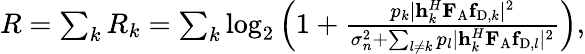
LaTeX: \begin{array}{r}{R=\sum_{k}R_{k}=\sum_{k}\log_{2}\left(1+\frac{p_{k}|{\mathbf{h}}_{k}^{H}{\mathbf{F}}_{\mathrm{{A}}}{\mathbf{f}}_{{\mathrm{D}},k}|^{2}}{\sigma_{n}^{2}+\sum_{l\neq k}p_{l}|{\mathbf{h}}_{k}^{H}{\mathbf{F}}_{\mathrm{{A}}}{\mathbf{f}}_{{\mathrm{D}},l}|^{2}}\right),}\end{array}